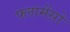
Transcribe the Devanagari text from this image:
फ्लामेंसो